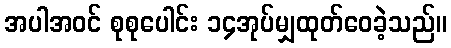
အပါအဝင် စုစုပေါင်း ၁၄အုပ်မျှထုတ်ဝေခဲ့သည်။